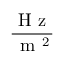
\frac { \mathrm { ~ H ~ z ~ } } { \mathrm { ~ m ~ } ^ { 2 } }